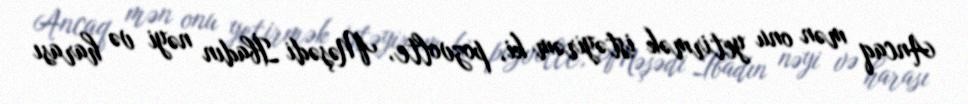
Ancaq mən onu yetirmək istəyirəm ki, pozvolte, Məşədi İbadın nəyi və harası